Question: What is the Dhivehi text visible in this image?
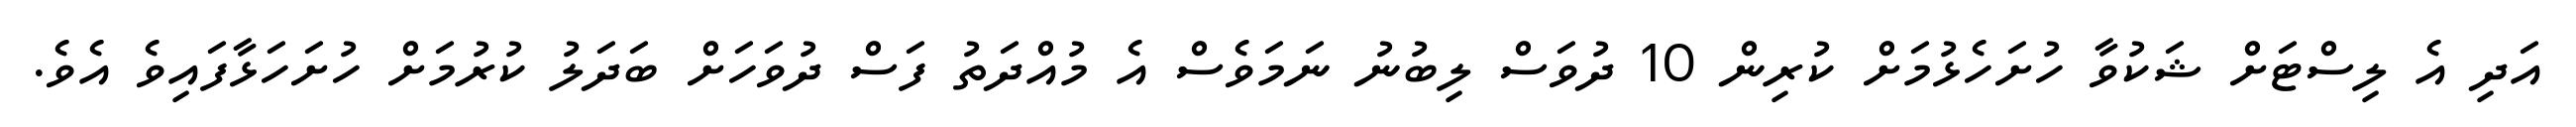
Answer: އަދި އެ ލިސްޓަށް ޝަކުވާ ހުށަހެޅުމަށް ކުރިން 10 ދުވަސް ލިބުނު ނަމަވެސް އެ މުއްދަތު ފަސް ދުވަހަށް ބަދަލު ކުރުމަށް ހުށަހަޅާފައިވެ އެވެ.